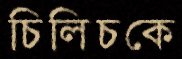
চিলিচকে